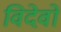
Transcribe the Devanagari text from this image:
विदेवो